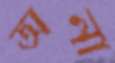
অনা